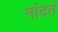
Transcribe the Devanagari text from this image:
नांदतं